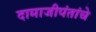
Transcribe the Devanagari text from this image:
दामाजीपंतांचे